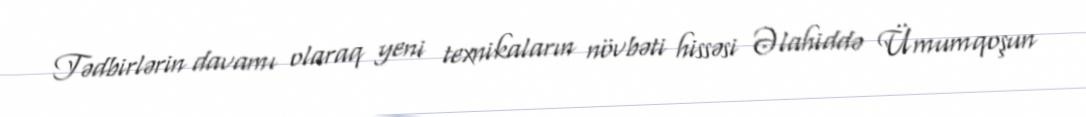
Tədbirlərin davamı olaraq yeni texnikaların növbəti hissəsi Əlahiddə Ümumqoşun